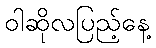
ဝါဆိုလပြည့်နေ့